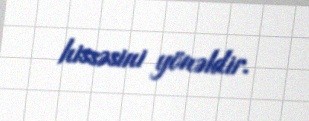
hissəsini yönəldir.